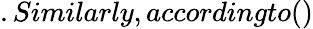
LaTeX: .Similarly,accordingto()